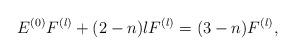
LaTeX: \begin{align*}E^{(0)}F^{(l)}+(2-n)lF^{(l)}=(3-n)F^{(l)},\end{align*}